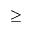
\geq